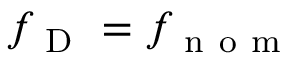
f _ { \mathrm { ~ D ~ } } = f _ { \mathrm { ~ n ~ o ~ m ~ } }